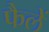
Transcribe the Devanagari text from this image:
फैलें